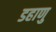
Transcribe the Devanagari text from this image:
डहाणु